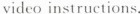
video instructions.